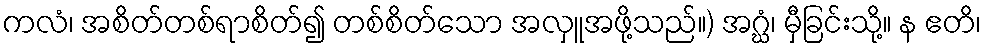
ကလံ၊ အစိတ်တစ်ရာစိတ်၍ တစ်စိတ်သော အလှူအဖို့သည်။) အဂ္ဃံ၊ မှီခြင်းသို့။ န ဧတိ၊